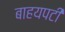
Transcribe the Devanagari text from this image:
बाहयपटी